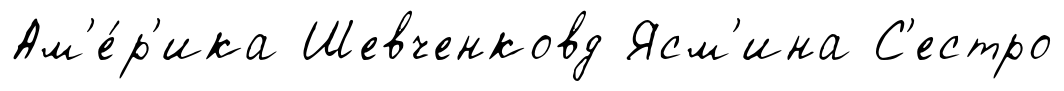
Ам'е́р'ика Шевченковд Ясм'ина С'естро